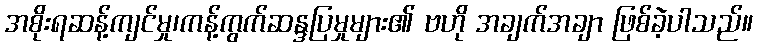
အစိုးရဆန့်ကျင်မှု၊ကန့်ကွက်ဆန္ဒပြမှုများ၏ ဗဟို အချက်အချာ ဖြစ်ခဲ့ပါသည်။